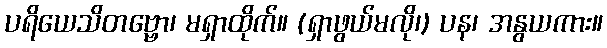
ပရိယေသိတဗ္ဗော၊ မရှာထိုက်။ (ရှာဖွယ်မလို၊) ပန၊ အနွယကား။